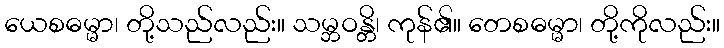
ယေစဓမ္မာ၊ တို့သည်လည်း။ သမ္ဘဝန္တိ၊ ကုန်၏။ တေစဓမ္မာ၊ တို့ကိုလည်း။